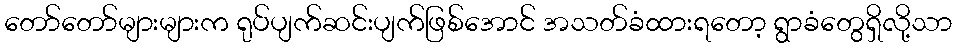
တော်တော်များများက ရုပ်ပျက်ဆင်းပျက်ဖြစ်အောင် အသတ်ခံထားရတော့ ရွာခံတွေရှိလို့သာ